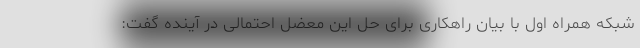
شبکه همراه اول با بیان راهکاری برای حل این معضل احتمالی در آینده گفت: